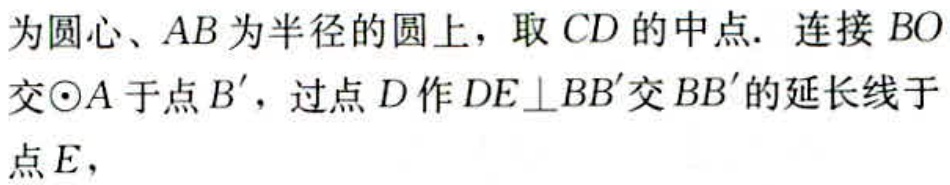
为圆心、\(AB\)为半径的圆上，取 \(CD\) 的中点. 连接 \(BO\) 交\(\odot A\)于点 \(B'\)，过点 \(D\) 作 \(DE\perp BB'\) 交 \(BB'\) 的延长线于点 \(E\)，